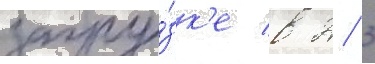
загру́зк'е в 2/ 3